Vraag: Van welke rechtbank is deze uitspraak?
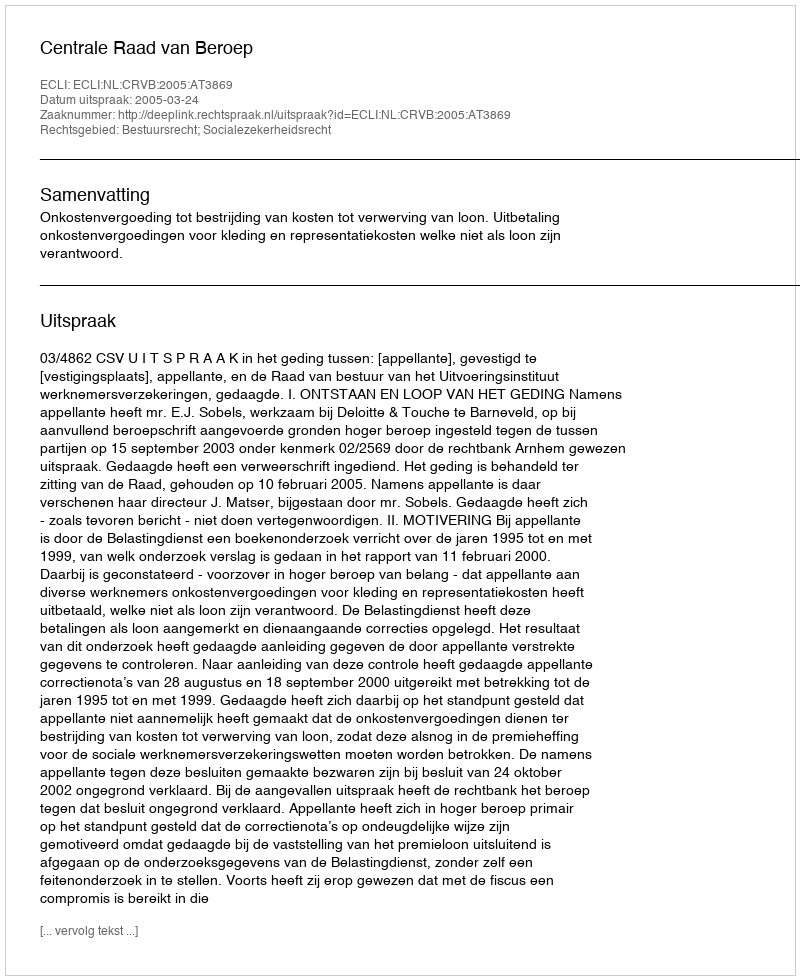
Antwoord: Centrale Raad van Beroep